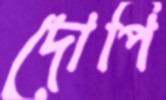
দোপিঁ